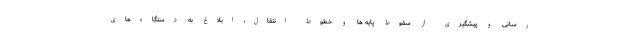
‌رسانی و پیشگیری از سقوط پایه ها و خطوط انتقال، ابلاغ به دستگاه‌های